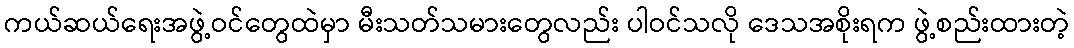
ကယ်ဆယ်ရေးအဖွဲ့ဝင်တွေထဲမှာ မီးသတ်သမားတွေလည်း ပါဝင်သလို ဒေသအစိုးရက ဖွဲ့စည်းထားတဲ့